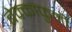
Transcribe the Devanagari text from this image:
बेक्काफुमी